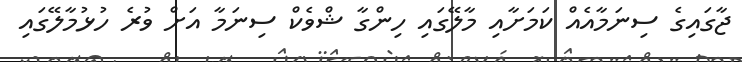
ޖާގައިިގެ ސިނަމާއެއް ކަމަށާއި މާލޭގައި ހިންގާ ޝްވެކް ސިނަމާ އަށް ވުރެ ހުޅުމާލޭގައި